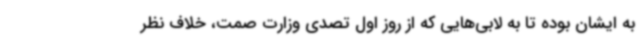
به ایشان بوده تا به لابی‌هایی که از روز اول تصدی وزارت صمت، خلاف نظر